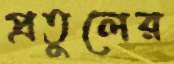
প্রতুলের